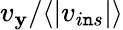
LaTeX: v_{\mathbf{y}}/\langle|v_{i\mathtt{n}s}|\rangle